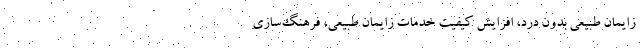
زایمان طبیعی بدون درد، افزایش کیفیت خدمات زایمان طبیعی، فرهنگ‌سازی